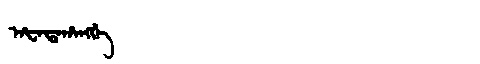
Manchu: ᠠᡶᠠᡨᠠᡥᠠᠩᡤᡝ
Romanization: AFATAHANGGE